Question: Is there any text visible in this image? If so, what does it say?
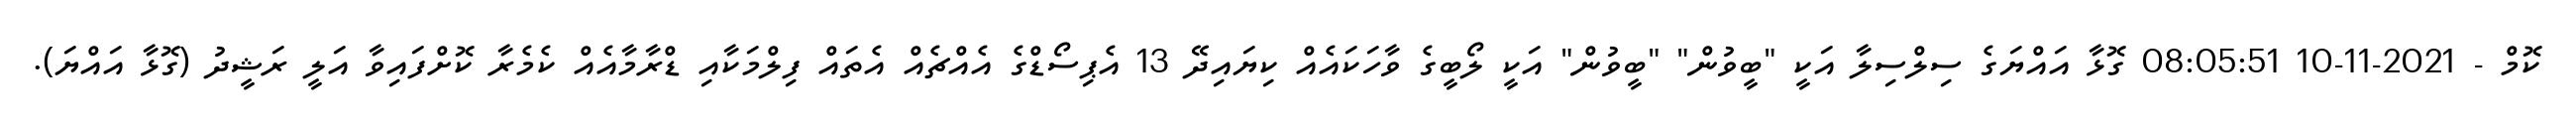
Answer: ކޮމް - 2021-11-10 08:05:51 ގޮޅާ އައްޔަގެ ސިލްސިލާ އަކީ "ބީވުން" "ބީވުން" އަކީ ލޯބީގެ ވާހަކައެއް ކިޔައިދޭ 13 އެޕިސޯޑްގެ އެއްޗެއް އެތައް ފިލްމަކާއި ޑްރާމާއެއް ކެމެރާ ކޮށްފައިވާ އަލީ ރަޝީދު (ގޮޅާ އައްޔަ).